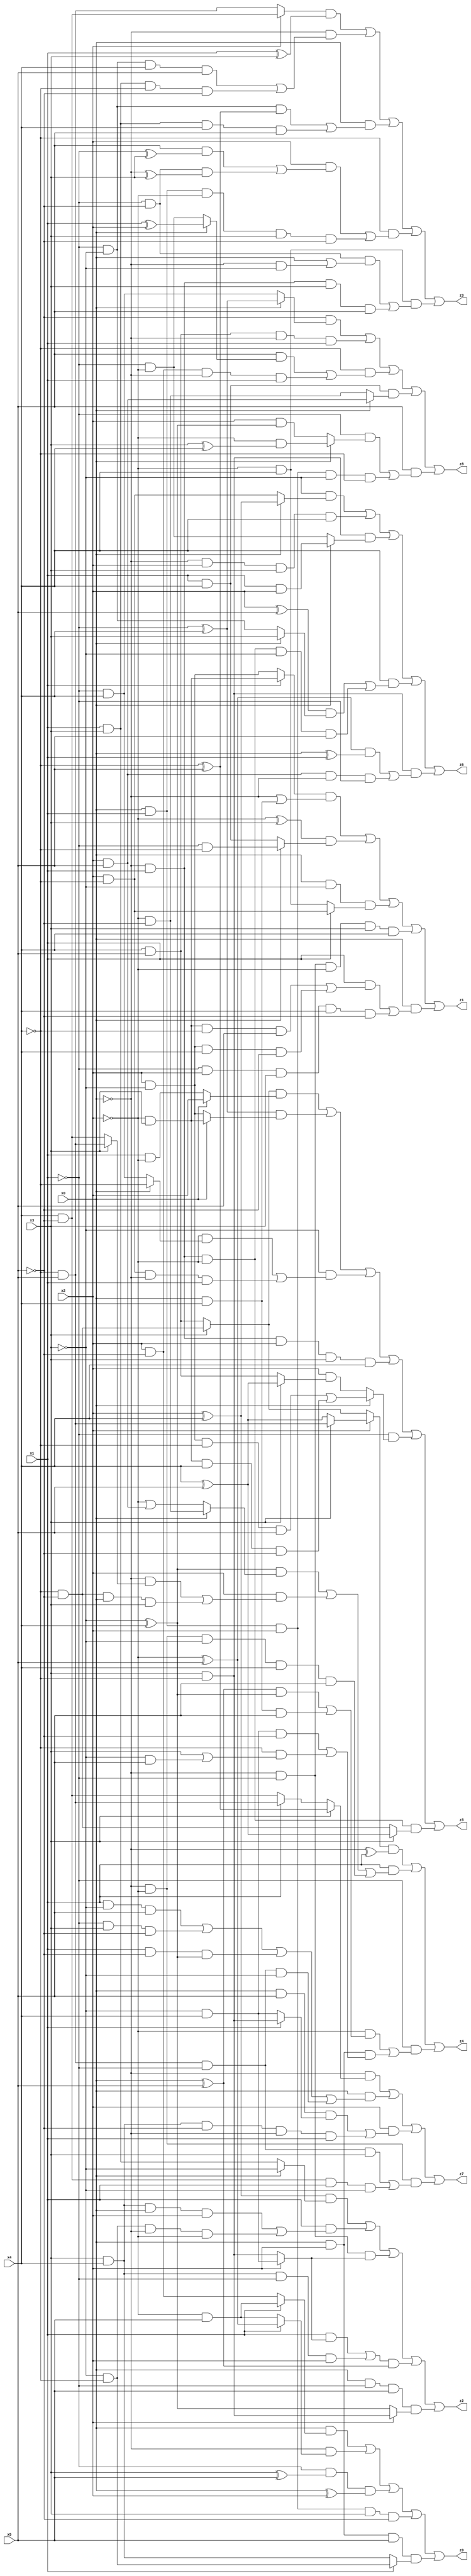
// Benchmark "X_10" written by ABC on Mon Jun 05 22:59:39 2023

module X_10 ( 
    x0, x1, x2, x3, x4, x5,
    z0, z1, z2, z3, z4, z5, z6, z7, z8  );
  input  x0, x1, x2, x3, x4, x5;
  output z0, z1, z2, z3, z4, z5, z6, z7, z8;
  assign z0 = (x0 & (x1 ? (~x2 & x5) : (x2 & ~x5))) | (~x0 & (x1 ? (~x2 ^ x5) : (~x2 & x5))) | (~x1 & (x3 ^ x5) & (x0 ^ x2)) | (x0 & x1 & x2 & x3 & ~x5) | (x0 & x2 & x5 & (x1 ? (~x3 & ~x4) : (x3 & x4)));
  assign z1 = ((x1 ? (~x2 & x3) : (x2 & ~x3)) & (~x0 | (x0 & x4))) | ((~x2 ^ x3) & (x0 ? (~x1 & ~x4) : (x1 & x4))) | (x0 & ~x3 & (x1 ? (x2 & ~x4) : (~x2 & x4))) | (~x0 & ~x1 & ~x2 & x3 & x4) | (x0 & ((x1 & ((~x2 & x3 & ~x4 & x5) | (x2 & ~x3 & x4 & ~x5))) | (~x1 & x2 & x3 & x4 & ~x5)));
  assign z2 = ((x2 ^ x4) & (x0 ? ~x3 : (x1 & x3))) | (x1 & ((x3 & x4 & x0 & x2) | (~x3 & ~x4 & ~x0 & ~x2))) | (~x0 & ~x1 & (x2 ? (~x3 & x4) : (x3 & ~x4))) | (((x1 & (x2 ? (~x3 & x4) : (x3 & ~x4))) | (x3 & x4 & ~x1 & x2)) & (x0 ^ x5)) | (x0 & ~x1 & x5 & (x2 ? (x3 & ~x4) : (~x3 ^ x4)));
  assign z3 = ((x2 ? (x4 & ~x5) : (~x4 & x5)) & (x1 ^ x3)) | (~x0 & ((~x1 & ~x3 & x4 & x5) | (x1 & x3 & ~x4 & ~x5))) | (x0 & ((~x1 & ~x3 & (~x4 ^ x5)) | (x1 & x3 & x4 & x5))) | (~x4 & ((x2 & ((x5 & (~x1 ^ x3)) | (~x1 & ~x5 & (~x0 ^ x3)))) | (x0 & x1 & ~x2 & x3 & ~x5))) | (~x2 & x4 & ((~x1 & ~x5 & (x0 | (~x0 & ~x3))) | (~x0 & x1 & x3 & x5)));
  assign z4 = ((x2 ? (x3 ? (~x4 & x5) : (x4 ^ x5)) : (x3 ? (~x4 & ~x5) : (x4 & x5))) & (~x0 ^ x1)) | (x1 & (((~x3 ^ x4) & (x0 ? (~x2 & ~x5) : (~x2 | (x2 & x5)))) | (x2 & ((~x0 & (x3 ? (~x4 & x5) : (x4 & ~x5))) | (~x4 & ~x5 & x0 & x3))) | (~x0 & ~x2 & ~x3 & x4 & x5))) | (~x1 & ((~x2 & (((x0 ^ x5) & (~x3 ^ x4)) | (x0 & x4 & x5))) | (x0 & x2 & ((~x3 & x4 & ~x5) | (~x4 & (x3 | (~x3 & x5)))))));
  assign z5 = ((x3 ? (~x4 & ~x5) : (x4 & x5)) & (x0 ? x2 : (x1 & ~x2))) | ((~x1 ^ x4) & (x0 ? (~x2 & x3) : (x2 & ~x3))) | (~x3 & ((~x2 & (x0 ? ~x4 : (~x1 & x4))) | (x2 & ~x4 & ~x0 & x1))) | (~x0 & x1 & x2 & x3 & x4) | (~x1 & (x0 ? ((x2 & ~x3 & ~x4 & x5) | (~x2 & x3 & x4 & ~x5)) : (x2 & (x3 ? (x4 ^ x5) : (x4 & x5))))) | (~x0 & x1 & ~x2 & (x3 ? (x4 ^ x5) : (~x4 & ~x5)));
  assign z6 = (~x3 & (x0 ? (x2 ^ x4) : (x2 & ~x4))) | (~x0 & x2 & x3 & x4) | (x3 & ~x4 & (x0 ? (x1 & x2) : (~x1 & ~x2))) | (x4 & (((x2 ^ x5) & (x0 ? x3 : (~x1 & ~x3))) | (~x0 & x1 & ~x2 & ~x3 & x5))) | (x3 & ~x4 & (((~x2 ^ x5) & (x0 ^ x1)) | (x2 & x5 & ~x0 & ~x1)));
  assign z7 = (~x0 & (x3 ? (~x4 ^ x5) : (x1 ? (~x4 & x5) : (x4 & ~x5)))) | (x0 & ((x1 & ~x3 & x5) | (~x1 & x3 & ~x5) | (x1 & ~x5 & (~x3 ^ x4)) | (~x4 & x5 & ~x1 & ~x3))) | (x2 & ((x0 & x5 & (x1 ? (x3 & ~x4) : (~x3 & x4))) | (x3 & x4 & ~x5 & ~x0 & x1))) | (~x0 & ~x2 & ((~x4 & x5 & ~x1 & x3) | (x4 & ~x5 & x1 & ~x3)));
  assign z8 = (~x5 & (x0 ? (~x1 ^ x4) : (~x1 & x4))) | (x4 & x5 & ~x0 & x1) | (~x4 & ((x5 & (x0 ? (x1 ^ x2) : (~x1 & ~x2))) | (x2 & ~x5 & ~x0 & x1))) | (x1 & x4 & (x0 ? (x2 & x5) : (~x2 & ~x5))) | (x5 & ((~x1 & (x0 ? (~x2 & (x3 ^ x4)) : (x2 & (~x3 ^ x4)))) | (x0 & x1 & x2 & ~x3 & ~x4)));
endmodule